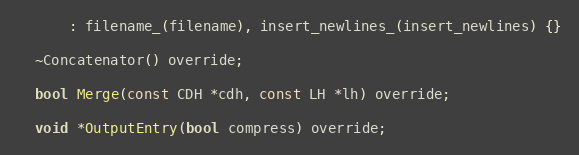
Language: C
      : filename_(filename), insert_newlines_(insert_newlines) {}

  ~Concatenator() override;

  bool Merge(const CDH *cdh, const LH *lh) override;

  void *OutputEntry(bool compress) override;